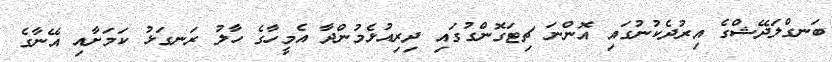
ބަނގްލަދޭޝްގެ އިރުދެކުނުގައި އޮންނަ ޗިޓަގޮންގުގައި ދިރިއުޅެމުންދާ އެމީހާގެ ހާލު ރަނގަޅު ކަމަށާއި އޭނާގެ